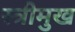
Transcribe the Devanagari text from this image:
स्त्रीमुख